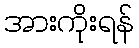
အားကိုးရန်